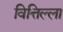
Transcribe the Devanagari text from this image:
वित्तिल्ला